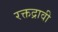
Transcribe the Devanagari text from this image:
रक्तद्रावी